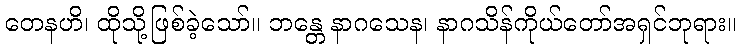
တေနဟိ၊ ထိုသို့ဖြစ်ခဲ့သော်။ ဘန္တေ နာဂသေန၊ နာဂသိန်ကိုယ်တော်အရှင်ဘုရား။